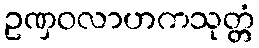
ဥဏှဝလာဟကသုတ္တံ